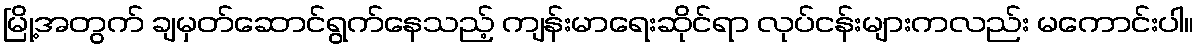
မြို့အတွက် ချမှတ်ဆောင်ရွက်နေသည့် ကျန်းမာရေးဆိုင်ရာ လုပ်ငန်းများကလည်း မကောင်းပါ။